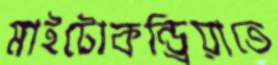
মাইটোকন্ড্রিয়াতে